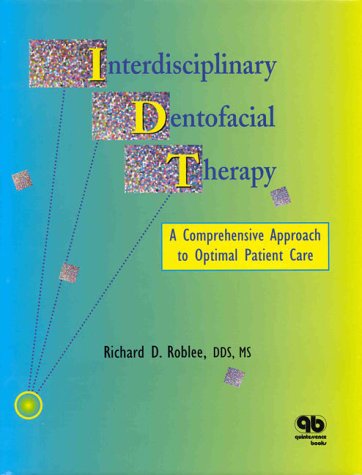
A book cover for Interdisciplinary Dentofacial Therapy: A Comprehensive Approach to Optimal Patient Care; Richard D. Roblee; Medical Books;